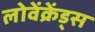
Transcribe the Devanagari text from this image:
लोवेंक्रेंड्स